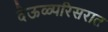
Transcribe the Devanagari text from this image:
देऊळ्परिसरात